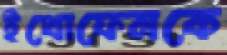
ইথোফেনকে